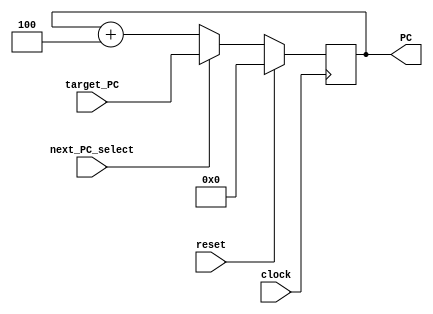
// Name: Nathan Ackermann, Zhe Deng
// BU ID: U10490015, U16716991
// EC413 Project: Fetch Module

module fetch #(
  parameter ADDRESS_BITS = 16
) (
  input  clock,
  input  reset,
  input  next_PC_select,
  input  [ADDRESS_BITS-1:0] target_PC,
  output [ADDRESS_BITS-1:0] PC
);

reg [ADDRESS_BITS-1:0] PC_reg;

assign PC = PC_reg;

/******************************************************************************
*                      Start Your Code Here
******************************************************************************/
always @(posedge clock) begin
	if (reset) begin
		PC_reg=0;
	end else if (next_PC_select==1) begin
		PC_reg=target_PC;
	end else begin
		PC_reg=PC+4;
	end
end
endmodule